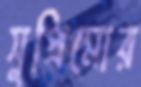
সুপ্রিমোর